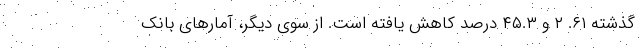
گذشته ۶۱. ۲ و ۴۵.۳ درصد کاهش یافته است. از سوی دیگر، آمارهای بانک